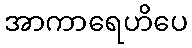
အာကာရေဟိပေ